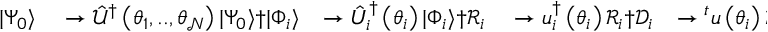
\begin{array} { r l r l r l r l } { \vert \Psi _ { 0 } \rangle } & { { } \rightarrow \hat { \mathcal { U } } ^ { \dagger } \left( \theta _ { 1 } , . . , \theta _ { \mathcal { N } } \right) \vert \Psi _ { 0 } \rangle \dag \vert \Phi _ { i } \rangle } & { \rightarrow \hat { U } _ { i } ^ { \dagger } \left( \theta _ { i } \right) \vert \Phi _ { i } \rangle \dag \mathcal { R } _ { i } } & { { } \rightarrow u _ { i } ^ { \dagger } \left( \theta _ { i } \right) \mathcal { R } _ { i } \dag \mathcal { D } _ { i } } & { \rightarrow { } ^ { t } u \left( \theta _ { i } \right) \mathcal { D } _ { i } \dag \Delta _ { i } } & { { } \rightarrow { } ^ { t } u _ { i } \left( \theta _ { i } \right) \Delta _ { i } { } ^ { t } u _ { i } ^ { \dagger } \left( \theta _ { i } \right) \dag \Lambda _ { i } } & { \rightarrow u _ { i } ^ { \dagger } \left( \theta _ { i } \right) \Lambda _ { i } u _ { i } \left( \theta _ { i } \right) \dag \Lambda _ { i } ^ { c } } & { { } \rightarrow u _ { i } ^ { \dagger } \left( \theta _ { i } \right) \Lambda _ { i } ^ { c } u _ { i } \left( \theta _ { i } \right) \dag , , } \end{array}